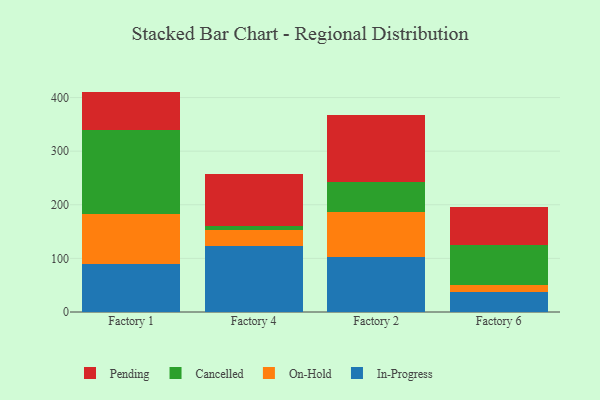
{"axis": {"x": "Factory", "y": "Page Views"}, "legend": ["Cancelled", "In-Progress", "On-Hold", "Pending"], "data": [{"x": "Factory 1", "y": 90.4, "type": "In-Progress"}, {"x": "Factory 1", "y": 92.5, "type": "On-Hold"}, {"x": "Factory 1", "y": 156.2, "type": "Cancelled"}, {"x": "Factory 1", "y": 72.0, "type": "Pending"}, {"x": "Factory 4", "y": 122.2, "type": "In-Progress"}, {"x": "Factory 4", "y": 30.4, "type": "On-Hold"}, {"x": "Factory 4", "y": 7.3, "type": "Cancelled"}, {"x": "Factory 4", "y": 97.2, "type": "Pending"}, {"x": "Factory 2", "y": 102.9, "type": "In-Progress"}, {"x": "Factory 2", "y": 83.9, "type": "On-Hold"}, {"x": "Factory 2", "y": 56.4, "type": "Cancelled"}, {"x": "Factory 2", "y": 124.1, "type": "Pending"}, {"x": "Factory 6", "y": 37.8, "type": "In-Progress"}, {"x": "Factory 6", "y": 13.5, "type": "On-Hold"}, {"x": "Factory 6", "y": 72.8, "type": "Cancelled"}, {"x": "Factory 6", "y": 72.3, "type": "Pending"}]}